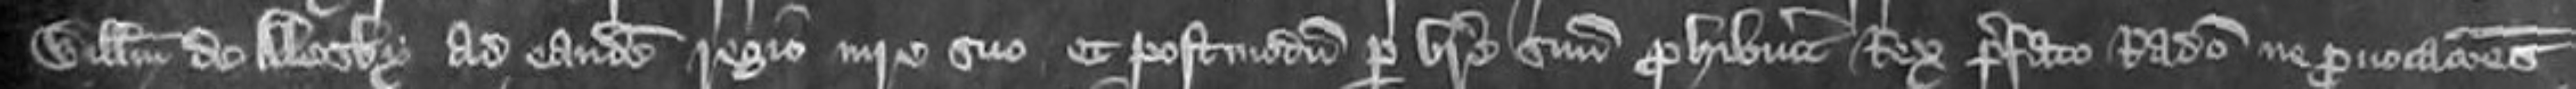
Willemum de Alesby ad eandem Regio iure suo et postmodum pre breve suum prohibuerit Rex prefato Radulpho ne provocationes